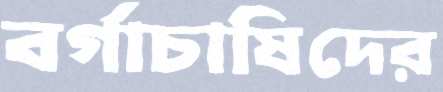
বর্গাচাষিদের